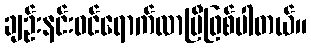
ချဉ်းနင်းဝင်ရောက်လာပြီဖြစ်ပါတယ်။